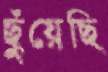
ছুঁয়েছি